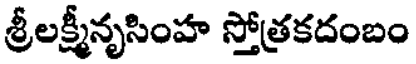
శ్రీలక్ష్మీనృసింహ స్తోత్రకదంబం